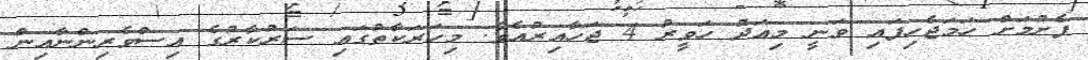
ފެށުމަށް ހަމަޖެހިފައި ވަނީ މިއަދު ހަވީރު 4 ޖަހާއިރުއެވެ. މިހަރަކާތުގައި ސަރުކާރުގެ އިސްވެރިންނާއިން